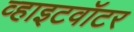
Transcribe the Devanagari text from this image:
व्हाइटवॉटर